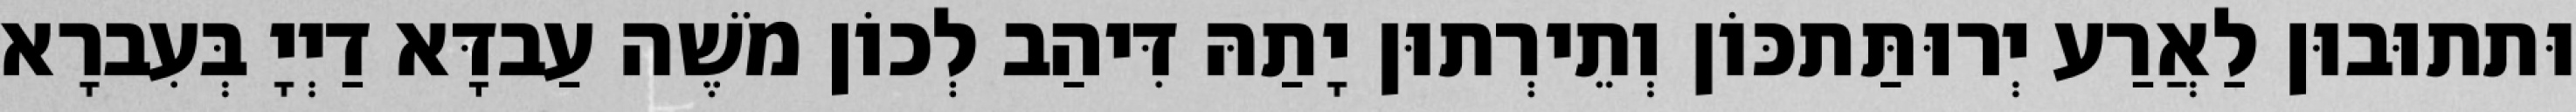
וּתתוּבוּן לַאֲרַע יְרוּתַּתכּוֹן וְתֵירְתוּן יָתַהּ דִּיהַב לְכוֹן מֹשֶׁה עַבדָּא דַיְיָ בְּעִברָא